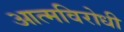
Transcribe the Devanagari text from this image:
आत्मविरोधी